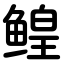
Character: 鳇